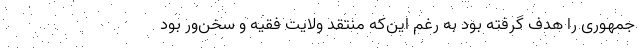
جمهوری را هدف گرفته بود به رغم این‌که منتقد ولایت فقیه و سخن‌ور بود